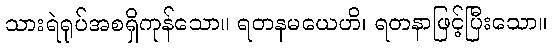
သားရဲရုပ်အစရှိကုန်သော။ ရတနမယေဟိ၊ ရတနာဖြင့်ပြီးသော။